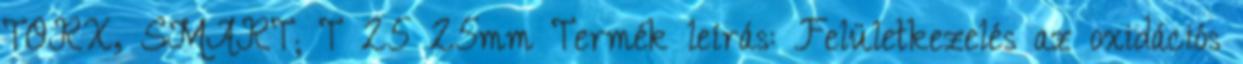
TORX, SMART; T 25×25mm Termék leírás: Felületkezelés az oxidációs